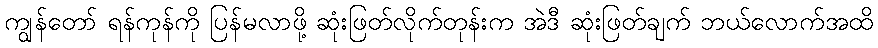
ကျွန်တော် ရန်ကုန်ကို ပြန်မလာဖို့ ဆုံးဖြတ်လိုက်တုန်းက အဲဒီ ဆုံးဖြတ်ချက် ဘယ်လောက်အထိ